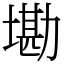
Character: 墈